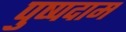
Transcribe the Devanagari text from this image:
पुष्पदाम